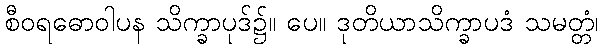
စီဝရဓောဝါပန သိက္ခာပုဒ်၌။ ပေ။ ဒုတိယာသိက္ခာပဒံ သမတ္တံ၊